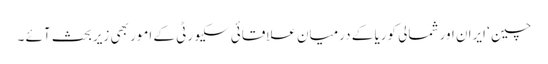
چین ‘ ایران اور شمالی کوریا کے درمیان علاقائی سکیورٹی کے امور بھی زیربحث آئے ۔